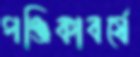
পঞ্জিকাবর্ষে